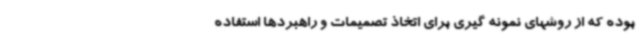
بوده که از روشهای نمونه گیری برای اتخاذ تصمیمات و راهبردها استفاده